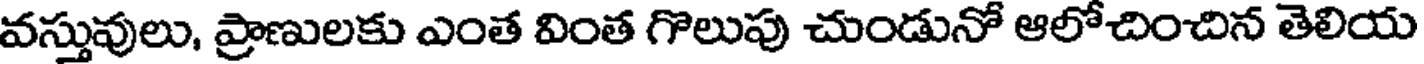
వస్తువులు, ప్రాణులకు ఎంత వింత గొలుపు చుండునో ఆలోచించిన తెలియ